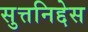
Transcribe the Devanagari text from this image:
सुत्तनिद्देस